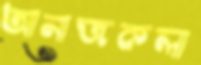
আনাজকলা